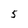
Character: 5